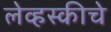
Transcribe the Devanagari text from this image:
लेव्हस्कीचे